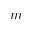
m